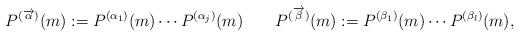
LaTeX: \begin{align*} P^{(\overrightarrow{\alpha})}(m):=P^{(\alpha_1)}(m)\cdots P^{(\alpha_j)}(m)\qquad P^{(\overrightarrow{\beta})}(m):=P^{(\beta_1)}(m)\cdots P^{(\beta_l)}(m),\end{align*}